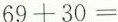
$$6 9 + 3 0 =$$